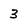
Character: 3